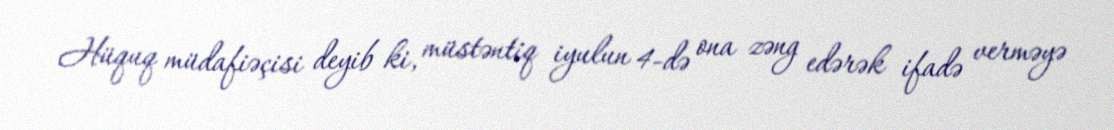
Hüquq müdafiəçisi deyib ki, müstəntiq iyulun 4-də ona zəng edərək ifadə verməyə